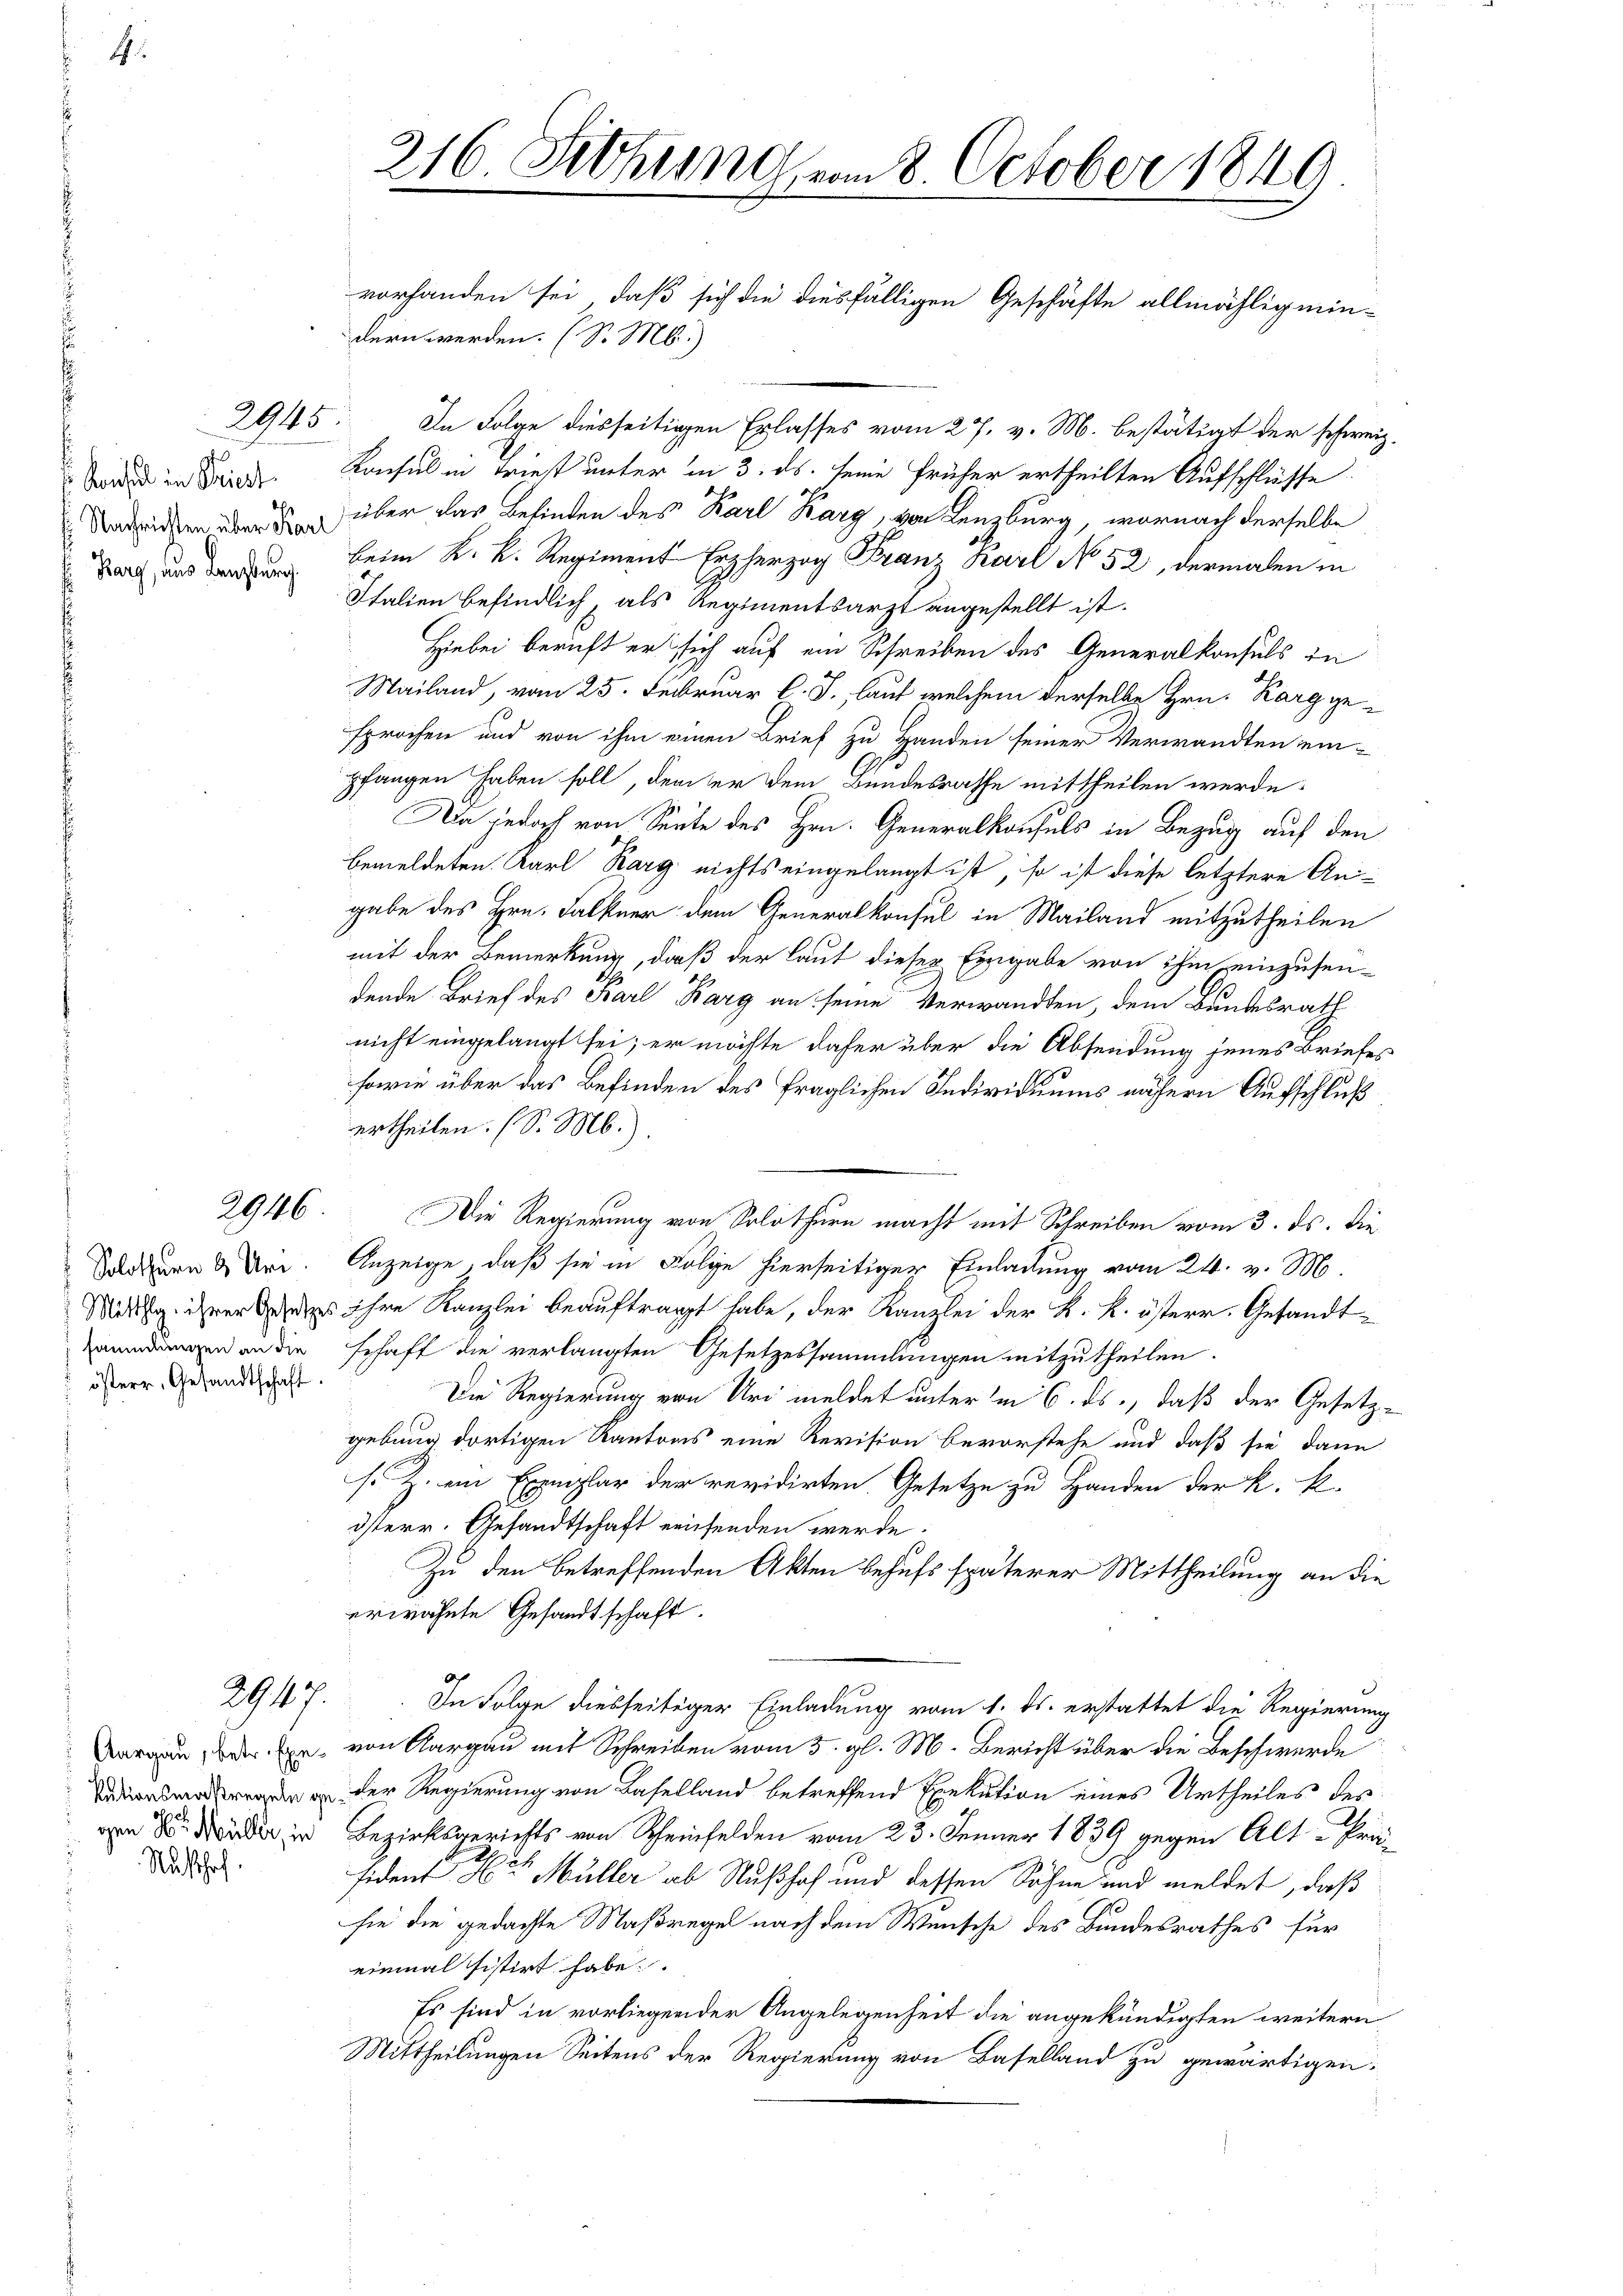
s Konsul in Priest
Nachrichten über Karl
Barg, aus Lenzburg.

Rusthof.

2945

Solothurn 8 Uri
sammlungen an die
österr. Gesandtschaft.

2947.

s

In Folge diesseitigen Erlasses vom 27. v. M. bestätigt der schweiz
Konsul in Triest unter in 3. ds. seine früher ertheilten Aufschlüsse
über das Befinden des Karl Barg, von Lenzburg, wornach derselbe
beim K. K. Regiment Erzherzog Franz Karl No 52, dermalen in
Italien befindlich, als Regimentsarzt angestellt ist.
Hiebei bericht er sich auf ein Schreiben des Generalkonsuls in
Mailand, vom 25. Februar l. J., lauf welchem derselbe Hrn. Karg gesprochen und von ihm einen Brief zu Handen seiner Verwandten ein-
pfangen haben soll, dem er dem Bundesrathe mittheilen werde.
Da jedoch von Seite des Hrn. Generalkonsuls in Bezug auf den
bemeldeten Karl Rarg nichts eingelangt ist, so ist diese letztere Angabe des Hrn. Falkner dem Generalkonsul in Mailand mitzutheilen
mit der Bemerkung, daß der laut dieser Eingabe von ihm einzusen-
dende Brief des Karl Barg an seine Verwandten, dem Bundesrath
nicht eingelangt sei; er möchte daher über die Absendung jenes Briefes
sowie über das Befinden des fraglichen Individuums nähern Aufschluß
ertheilen. (S. M.)
2946. Die Regierung von Solothurn macht mit Schreiben vom 3. ds. die
Anzeige, daß sie in Folge hierseitiger Einladung vom 24. v. M.
Mittag ihrer es ihre Kanzlei beauftragt habe, der Kanzlei der k. k. österr. Gesandtschaft die verlangten Gesetzessammlungen mitzutheilen.
Die Regierung von Uri meldet unter in 6. ds., daß der Gesetzgebung dortigen Kantons eine Revision bevorstehe und daß sie dann
s. Z. ein Exemplar der revidirten Gesetze zu Handen der K. R.
isterr. Gesandtschaft einfenden werde.
Zu den betreffenden Akten behufs späterer Mittheilung an die
erwähnte Gesandtschaft.
In Folge diesseitiger Einladung vom 1. ds. erstattet die Regierung
Dargen der Ein von Aargau mit Schreiben vom 5. gl. M. Bericht über die Beschwerde
 der Regierung von Baselland betreffend Exekution eines Urtheiles des
von der der in Bezirksgerichts von Scheinfelden vom 23. Jenner 1839 gegen Alt-Friesident Arten Müller ab Nußhof und dessen Söhne und meldet, daß
sie die gedachte Maßregel nach dem Wunsche des Bundesrathes für
einmal sistirt habe.
Es sind in vorliegender Angelegenheit die angekündigten weitern
Mittheilungen Seitens der Regierung von Baselland zu gewärtigen.

216 Sitzung, vom 8. October 1840
vorhanden sei, daß sich die diesfälligen Geschäfte allmähligmin-
dern werden. (S. M.)